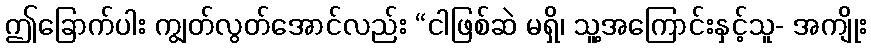
ဤခြောက်ပါး ကျွတ်လွတ်အောင်လည်း “ငါဖြစ်ဆဲ မရှိ၊ သူ့အကြောင်းနှင့်သူ- အကျိုး